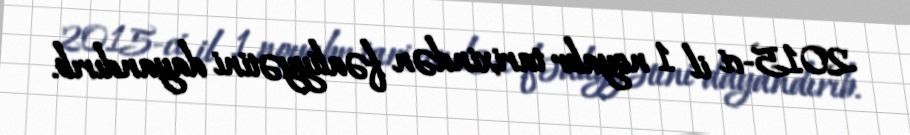
2015-ci il 1 noyabr tarixindən fəaliyyətini dayandırıb.